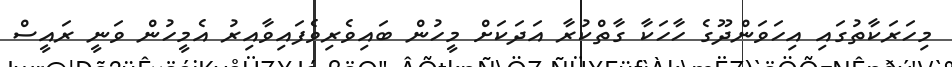
މިހަރަކާތުގައި އިހަވަންދޫގެ ހާހަކާ ގާތްކުރާ އަދަކަށް މީހުން ބައިވެރިވެފައިވާއިރު އެމީހުން ވަނީ ރައީސް